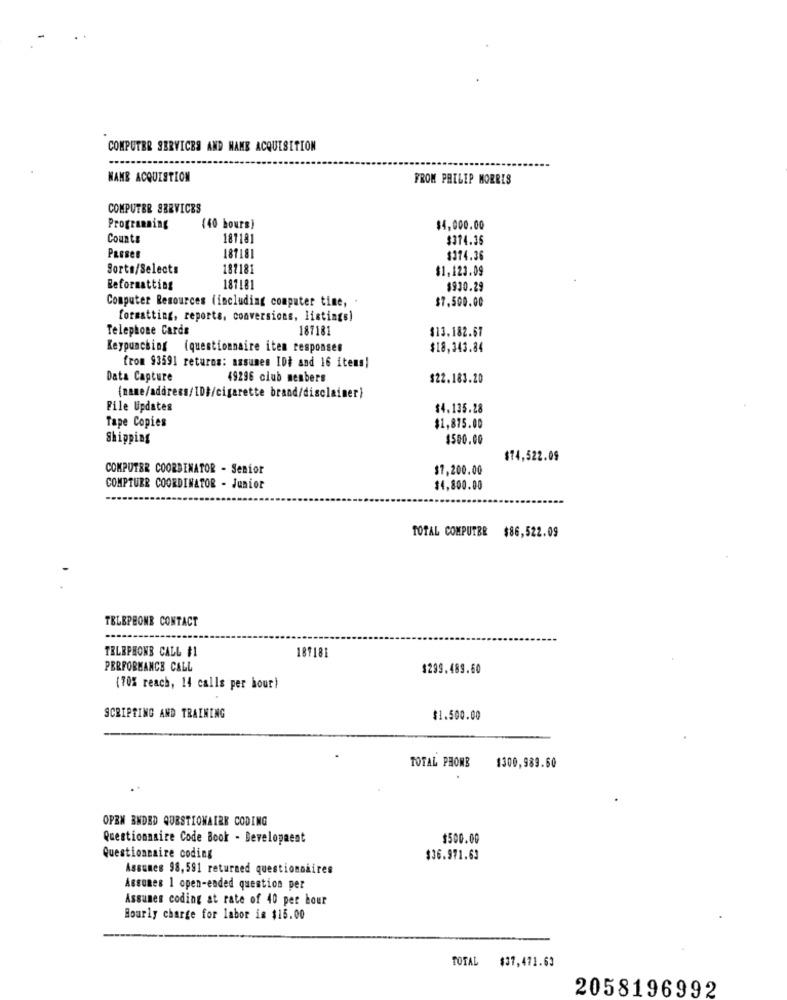
COMPUTER SERVICES AND NAME ACQUISITION
WANE ACQUISTION
FROM PHILIP MORRIS
COMPUTER SERVICES
Programming
(40 hours)
$4,000.00
Counts
181181
$374.36
PREsen
181181
$374.36
Sorts/Selects
187181
$1,123.09
Reformatting
181181
$930.29
Computer Resources (including computer time, .
$7.500.00
formatting, reports, conversions, listings)
Telephone Cards
187181
$13.182.67
Keypunching (questionnaire iten responses
$18,343.84
from 93591 returns: masumen ID} and 16 items!
Data Capture
49296 club members
$22.183.20
(name/address/ID#/cigarette brand/disclaimer)
File Updates
$4.135.28
Tape Copies
$1,875.00
Shipping
$500.00
$74,522.09
COMPUTER COORDINATOR - Senior
$7,200.00
COMPTUER COORDINATOR - Junior
$4,800.00
TOTAL COMPUTBE $86,522.09
TELEPHONE CONTACT
TELEPHONE CALL #1
187181
PERFORMANCE CALL
$299.489.60
(70% reach, 14 calls per hour)
SCRIPTING AND TRAINING
$1.500.00
TOTAL PROMB
1300,989.60
OPEN ENDED QUESTIONAIRE CODING
Questionnaire Code Book - Developaest
$500.00
Questionnaire coding
$36.971.63
Assumes 98, 591 returned questionnaires
Assumes 1 open-ended question per
Assunen coding at rate of 40 per hour
Hourly charge for labor is $15.00
TOTAL $37,471.63
2058196992